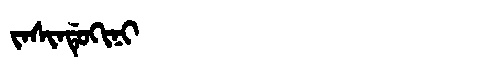
Manchu: ᠵᠠᠰᡳᠨᡩᡠᡴᡳᠨᡳ
Romanization: JASINDUKINI